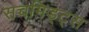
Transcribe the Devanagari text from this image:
सचमिड्ट्स